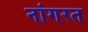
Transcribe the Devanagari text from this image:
नांगरत